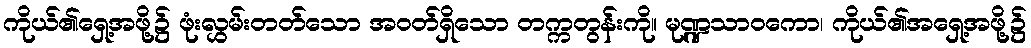
ကိုယ်၏ရှေ့အဖို့၌ ဖုံးလွှမ်းတတ်သော အဝတ်ရှိသော တက္ကတွန်းကို။ မုဏ္ဍသာဝကော၊ ကိုယ်၏အရှေ့အဖို့၌